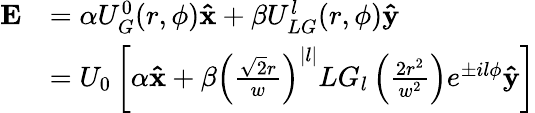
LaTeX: \begin{array}{rl}{\mathbf{E}}&{=\alpha U_{G}^{0}(r,\phi)\mathbf{\hat{x}}+\beta U_{LG}^{l}(r,\phi)\mathbf{\hat{y}}}\\ &{=U_{0}\left[\alpha\mathbf{\hat{x}}+\beta\left(\frac{\sqrt{2}r}{w}\right)^{|l|}LG_{l}\left(\frac{2r^{2}}{w^{2}}\right)e^{\pm il\phi}\mathbf{\hat{y}}\right]}\end{array}